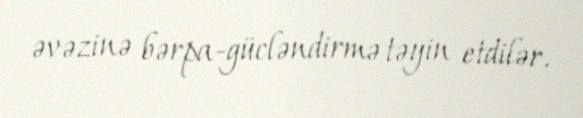
əvəzinə bərpa-gücləndirmə təyin etdilər.